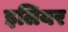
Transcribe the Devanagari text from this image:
इलियर